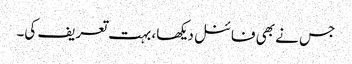
جس نے بھی فائنل دیکھا، بہت تعریف کی۔